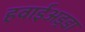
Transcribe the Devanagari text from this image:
हवाईअड़्डा